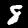
Digit: 8